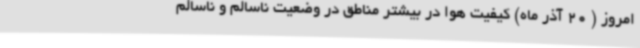
امروز ( 20 آذر ماه) کیفیت هوا در بیشتر مناطق در وضعیت ناسالم و ناسالم